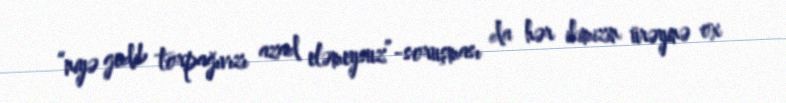
“niyə gedib torpağıvızı azad eləmeysuz”-soruşması da hər ikimizin ürəyinə ox